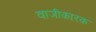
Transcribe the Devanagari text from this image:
वाजीकारक